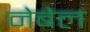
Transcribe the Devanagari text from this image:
नेबेल